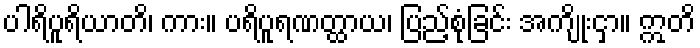
ပါရိပူရိယာတိ၊ ကား။ ပရိပူရဏတ္ထာယ၊ ပြည့်စုံခြင်း အကျိုးငှာ။ ဣတိ